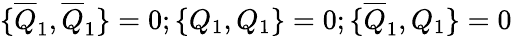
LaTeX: \{ \overline{{{Q}}}_{1},\overline{{{Q}}}_{1}\} =0;\{ Q_{1},Q_{1}\} =0;\{ \overline{{{Q}}}_{1},Q_{1}\} =0